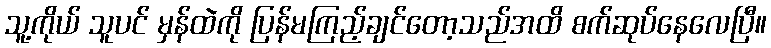
သူ့ကိုယ် သူပင် မှန်ထဲကို ပြန်မကြည့်ချင်တော့သည်အထိ စက်ဆုပ်နေလေပြီ။